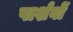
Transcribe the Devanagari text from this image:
पार्शवों